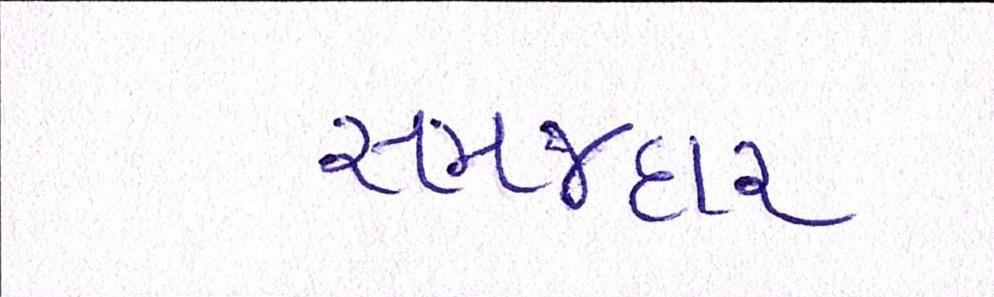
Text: સમજદાર